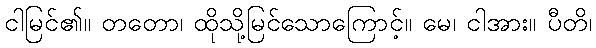
ငါမြင်၏။ တတော၊ ထိုသို့မြင်သောကြောင့်။ မေ၊ ငါအား။ ပီတိ၊